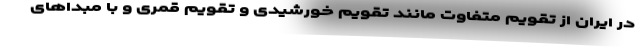
در ایران از تقویم متفاوت مانند تقویم خورشیدی و تقویم قمری و با مبداهای